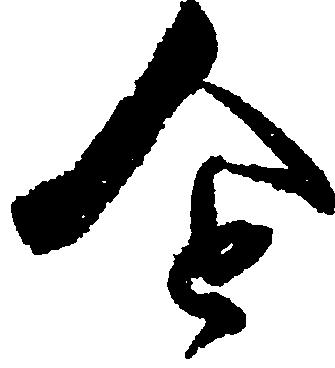
令